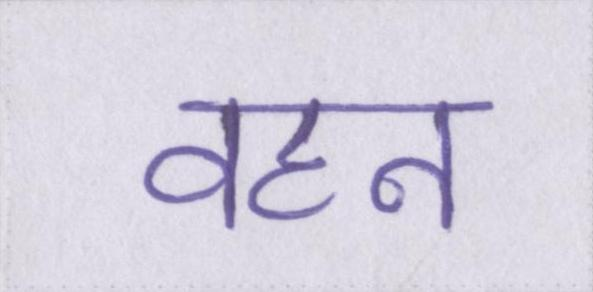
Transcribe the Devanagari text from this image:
वहन